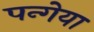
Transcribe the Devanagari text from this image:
पन्गेया